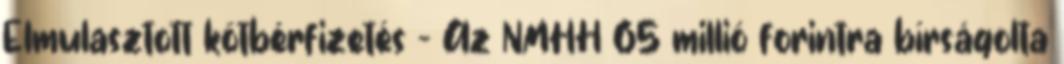
Elmulasztott kötbérfizetés - Az NMHH 65 millió forintra bírságolta